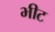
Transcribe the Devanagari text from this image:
भीट